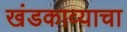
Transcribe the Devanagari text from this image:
खंडकाव्याचा